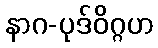
နာဂ-ပုဒ်ဝိဂ္ဂဟ